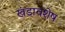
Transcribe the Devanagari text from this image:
खंडावशेष